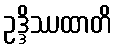
ဥဒ္ဒိဿထာတိ